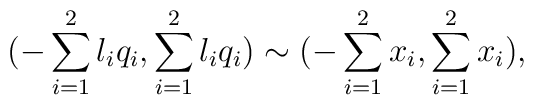
{( - \sum_{i=1}^2{l_{i}q_{i}}, \sum_{i=1}^2{l_{i}q_{i}})} \sim{( - \sum_{i=1}^2{x_{i}}, \sum_{i=1}^2{x_{i}})},